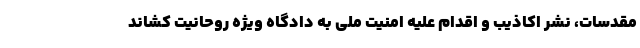
مقدسات، نشر اکاذیب و اقدام علیه امنیت ملی به دادگاه ویژه روحانیت کشاند